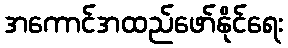
အကောင်အထည်ဖော်နိုင်ရေး